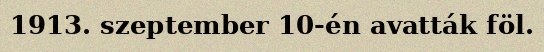
1913. szeptember 10-én avatták föl.